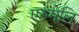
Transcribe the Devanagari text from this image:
एरुमेलि